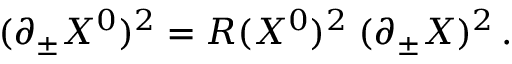
( \partial _ { \pm } X ^ { 0 } ) ^ { 2 } = R ( X ^ { 0 } ) ^ { 2 } \; ( \partial _ { \pm } X ) ^ { 2 } \, .